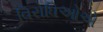
વિરોધિઓએ